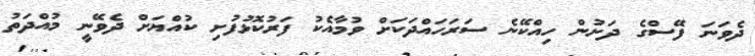
ދެވަނަ ފޭސްގެ ދަށުން ހިއްކޭނެ ސަރަހައްދަކަށް ވުމާއެކު ފަރުކޮޅުފުށި ކުއްޔަށް ދެވޭނީ މުއްދަތު